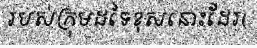
របស់ក្រុមដទៃខុសនោះដែរ(